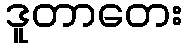
ဒူတာတေး